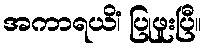
အကာရယိံ၊ ပြုဖူးပြီ။